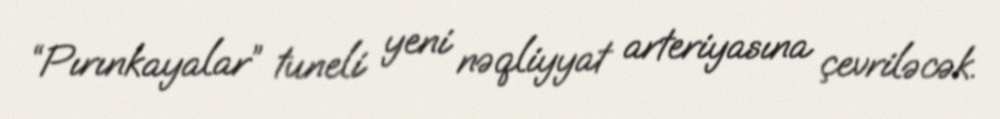
“Pırınkayalar” tuneli yeni nəqliyyat arteriyasına çevriləcək.